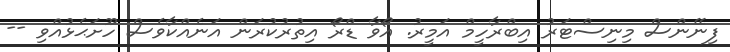
ފިނޭންސް މިނިސްޓަރު އިބްރާހީމް އަމީރު. އޯވާ ޑްރޯ އިތުރުކުރަން އަނެއްކާވެސް ހޫށަޙެޅުއްވި --